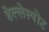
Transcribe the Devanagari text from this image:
हेल्लेस्पोंट